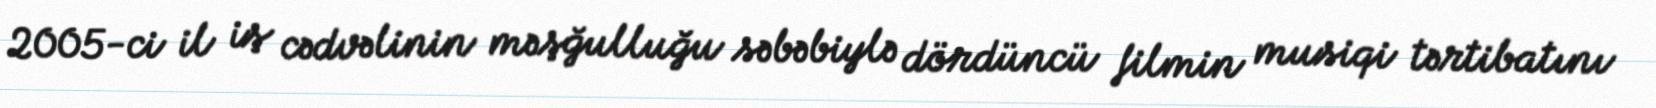
2005-ci il iş cədvəlinin məşğulluğu səbəbiylə dördüncü filmin musiqi tərtibatını